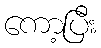
ကော့ပြီး